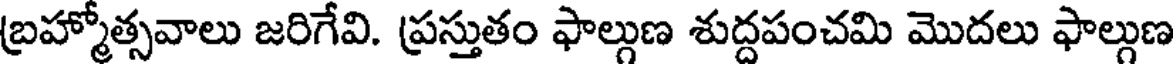
బ్రహ్మోత్సవాలు జరిగేవి. ప్రస్తుతం ఫాల్గుణ శుద్దపంచమి మొదలు ఫాల్గుణ